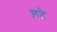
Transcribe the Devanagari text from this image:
प्रते